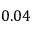
0 . 0 4